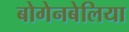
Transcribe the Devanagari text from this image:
बोगेनबेलिया